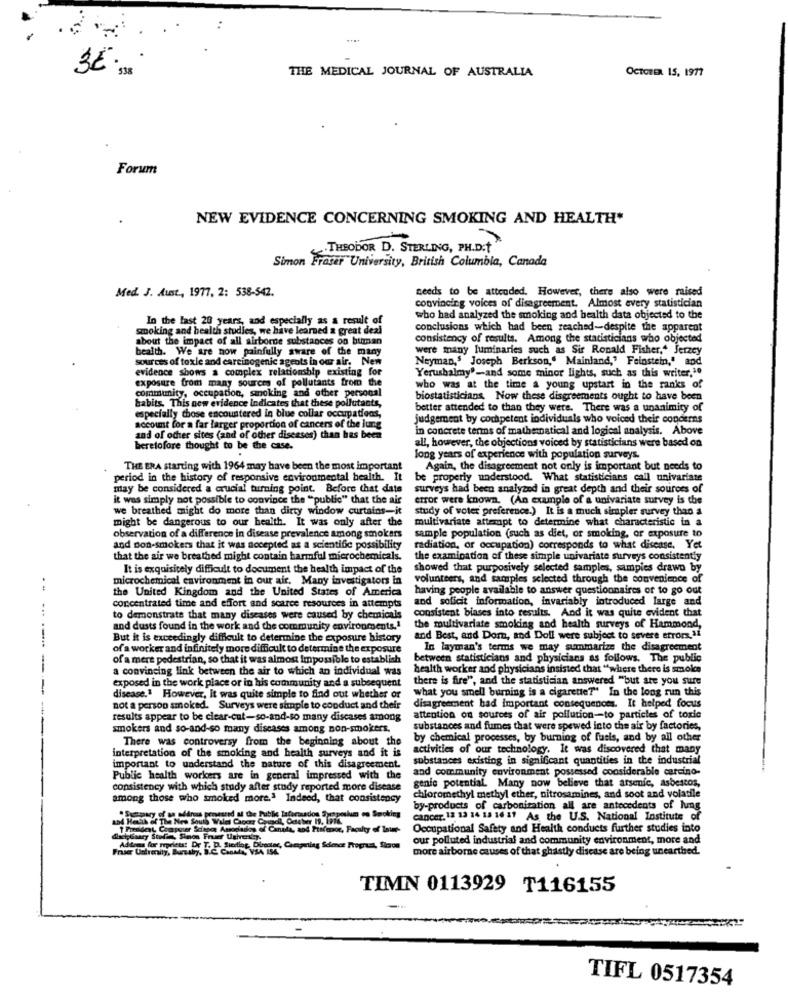
OCTOBER 15, 1977
THE MEDICAL JOURNAL OF AUSTRALIA
Forum
NEW EVIDENCE CONCERNING SMOKING AND HEALTH"
.THEODOR D. STERLING, PH.D.t
Simon Fraser University, British Columbia, Canada
Med. J. Must ., 1977, 2: 538-542.
needs to be attended. However, there also were raised
convincing voices of disagreement. Almost every statistician
In the last 20 years, and especially as a result of
who had analyzed the smoking and health data objected to the
smoking and health studies, we have learned a great deal
conclusions which had been reached-despite the apparent
about the impact of all airborne substances on human
consistency of results. Among the statisticians who objected
health. We are now painfully aware of the many
were many luminaries such as Sir Ronald Fisher," Jerzey
sources of toxle and carcinogenic agents in our air.
Ne
Neyman,' Joseph Berkson," Mainland," Feinstein," and
evidence shows a complex relationship existing for
Yerushalmy"-and some minor lights, such as this writer,10
exposure from many sources of pollutants from the
community, occupation, smoking and other personal
who was at the time a young upstart in the ranks of
babits. This new evidence Indicates that these pollutants,
biostatisticians. Now these disgreements ought to have been
better attended to than they were. There was a unanimity of
especially those encountered in blue collar occupations,
judgement by competent individuals who voiced their concerns
account for a far larger proportion of cancers of the lung
in concrete terms of mathematical and logical analysis. Above
and of other sites (and of other diseases) than has been
all, however, the objections voiced by statisticians were based on
beretofore thought to be the case.
long years of experience with population surveys.
THE ERA starting with 1964 may have been the most important
Again, the disagreement not only is important but needs to
period in the history of responsive environmental health. It
be properly understood. What statisticians call univariate
may be considered a crucial turning point. Before that date surveys had been analyzed in great depth and their sources of
it was simply not possible to convince the "public" that the air
error were known. (An example of a univariate survey is the
we breathed might do more than dirty window curtains-it
study of voter preference.) It is a much simpler survey than a
might be dangerous to our health. It was only after the
multivariate attempt to determine what characteristic in a
observation of a difference In disease prevalence among smokers
sample population (such as diet, or smoking, or exposure to
and non-smokers that it was accepted as a scientific possibility
radiation, or occupation) corresponds to what disease, Yet
that the air we breathed might contain harmful microchemicals.
the examination of these simple univariate surveys consistently
It is exquisitely difficult to document the health impact of the
showed that purposively selected samples, samples drawn by
microchemical environment in our air, Many investigators in
volunteers, and samples selected through the convenience of
the United Kingdom and the United States of America
having people available to answer questionnaires or to go out
and solicit information, invariably introduced large and
concentrated time and effort and scarce resources in attempts
consistent biases into results. And it was quite evident that
to demonstrate that many diseases were caused by chemicals
and dusts found in the work and the community environments.1
the multivariate smoking and health surveys of Hammond,
But it is exceedingly difficult to determine the exposure history
and Best, and Dom, and Doll were subject to severe errors.14
of a worker and infinitely more difficult to determine the exposure
In layman's terms we may summarize the disagreement
of a mere pedestrian, so that it was almost Impossible to establish
between statisticians and physicians as follows. The public
a convincing link between the air to which an individual was
health worker and physicians insisted that "where there is smokes
there is fire", and the statistician answered "but are you sure
exposed in the work place or in his community and a subsequent
what you smell burning is a cigarette?" In the long run this
disease.1 However, it was quite simple to find out whether or
not a person smoked. Surveys were simple to conduct and their
disagreement bad important consequences. It helped focus
results appear to be clear-cut-so-and-so many discases among
attention on sources of air pollution-to particles of toxic
smokers and so-and-so many diseases among non-smokers.
substances and fumes that were spewed into the air by factories,
There was controversy from the beginning about the
by chemical processes, by burning of fueis, and by all other
activities of our technology. It was discovered that many
interpretation of the smoking and health surveys and it is
substances existing in significant quantities in the industrial
important to understand the nature of this disagreement.
and community environment possessed considerable carcino-
Public health workers are in general impressed with the
consistency with which study after study reported more disease
genie potential. Many now believe that arsenic, asbestos,
among those who smoked more.3 Indeed, that consistency
chloromethyl methyl ether, nitrosamines, and soot and volatile
by-products of carbonisation all are antecedents of heng
Padon Proposium on Smoking
cancer. 12 13 14 13 16 11 As the U.S. National Institute of
Occupational Safety and Health conducts further studies into
dret;Gaary Studie, Sinon Fruer Universty.
our polluted industrial and community environment, more and
Frue Unmily, Bursaby, B.C. Cantde, VSA 154
Addons for repelets! De T. D. Siesting, Director, Competing Science Frepract, Since
more airborne causes of that ghastly disease are being unearthed.
TIMN 0113929 T116155
TIFL 0517354